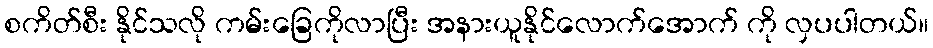
စကိတ်စီး နိုင်သလို ကမ်းခြေကိုလာပြီး အနားယူနိုင်လောက်အောက် ကို လှပပါတယ်။